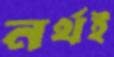
নর্থই